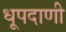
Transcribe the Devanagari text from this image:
धूपदाणी